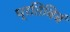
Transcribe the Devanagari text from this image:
प्रतिबिबं